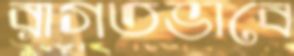
রাগতভাবে